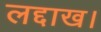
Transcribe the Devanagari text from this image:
लद्दाख।